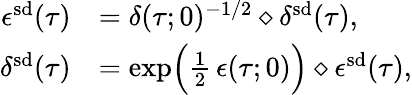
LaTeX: \begin{array}{rl}{\epsilon^{\smash{\mathrm{sd}}}(\tau)}&{=\delta(\tau;0)^{-1/2}\diamond\delta^{\smash{\mathrm{sd}}}(\tau),}\\ {\delta^{\smash{\mathrm{sd}}}(\tau)}&{=\exp\Bigl(\frac{1}{2}\, \epsilon(\tau;0)\Bigr)\diamond\epsilon^{\smash{\mathrm{sd}}}(\tau),}\end{array}